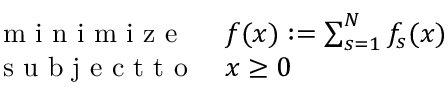
\begin{array} { l l } { \mathrm { ~ m ~ i ~ n ~ i ~ m ~ i ~ z ~ e ~ } } & { f ( x ) : = \sum _ { s = 1 } ^ { N } f _ { s } ( x ) } \\ { \mathrm { ~ s ~ u ~ b ~ j ~ e ~ c ~ t ~ t ~ o ~ } } & { x \geq 0 } \end{array}